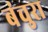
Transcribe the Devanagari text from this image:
बंचुरा